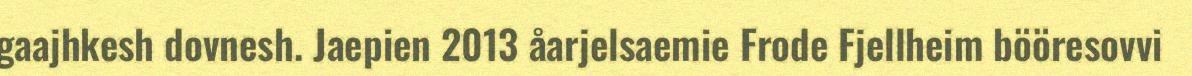
gaajhkesh dovnesh. Jaepien 2013 åarjelsaemie Frode Fjellheim bööresovvi